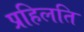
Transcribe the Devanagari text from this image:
प्रहिलति